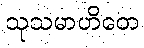
သုသမာဟိတေ